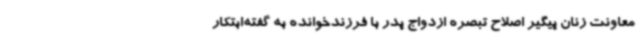
معاونت زنان پیگیر اصلاح تبصره ازدواج پدر با فرزندخوانده به گفته‌ابتکار